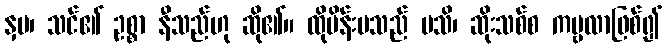
နှမ၊ သင်၏ ဥစ္စာ နီသည်ဟု ဆို၏။ ထိုမိန်းမသည် ပသိ၊ ဆိုးသစ်စ ကမ္ဗလာဖြစ်၍